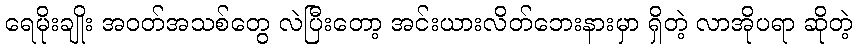
ရေမိုးချိုး အဝတ်အသစ်တွေ လဲပြီးတော့ အင်းယားလိတ်ဘေးနားမှာ ရှိတဲ့ လာအိုပရာ ဆိုတဲ့